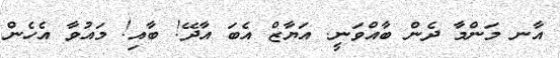
އާނ މަންމާ ދެން ބާއްވަނީ. އަޔާޒް އެބަ އާދޭ! ބާއި! މައުވާ އެހެން